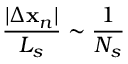
\frac { | \Delta \mathbf { x } _ { n } | } { L _ { s } } \sim \frac { 1 } { N _ { s } }